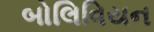
બોલિવિયન